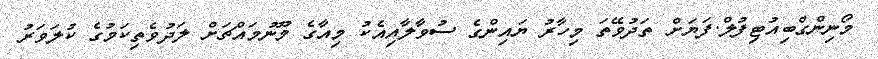
މޯނިންގްބިއުޓިފުލް.ފަޔަށް ތަދުވޭތަ މިހާރު ޔައިންގެ ސުވާލާއިއެކު މިއާގެ މޫނުމައްޗަށް ލަދުވެތިކަމުގެ ކުލަވަރު